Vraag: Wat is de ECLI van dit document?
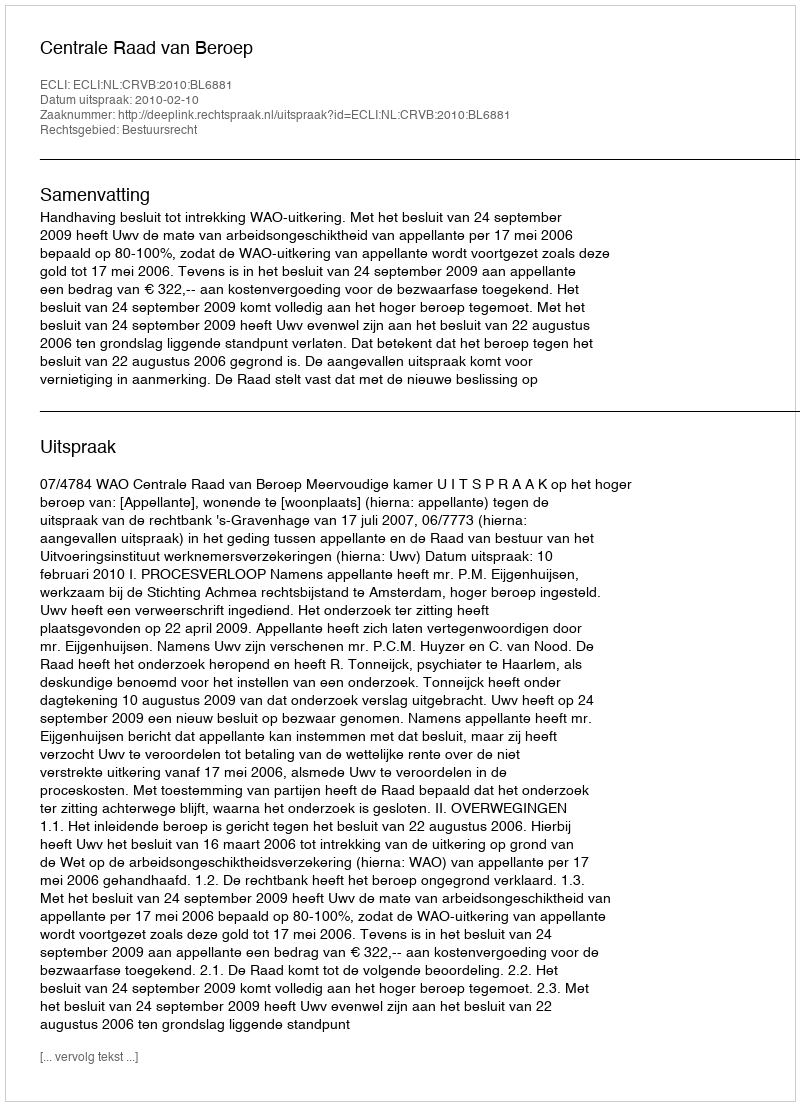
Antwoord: ECLI:NL:CRVB:2010:BL6881